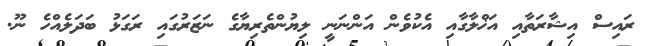
ރައިސް އިޝާރަތާއި އަޚްލާގާއި އެކުވެން އަންނަނީ ލިޔުންތެރިޔާގެ ނަޒަރުގައި ރަގަޅު ބަދަލެއްހެ ނޫ.